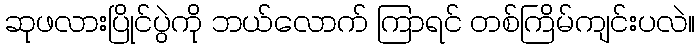
ဆုဖလားပြိုင်ပွဲကို ဘယ်လောက် ကြာရင် တစ်ကြိမ်ကျင်းပလဲ။